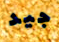
جيد